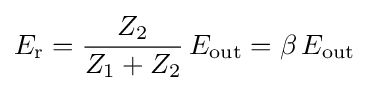
E_{\textrm {r}}={\frac {Z_{2}}{Z_{1}+Z_{2}}}\,E_{\textrm {out}}=\beta \,E_{\textrm {out}}